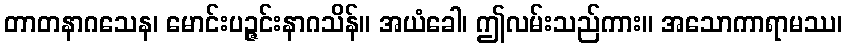
တာတနာဂသေန၊ မောင်းပဉ္ဇင်းနာဂသိန်။ အယံခေါ၊ ဤလမ်းသည်ကား။ အသောကာရာမဿ၊